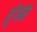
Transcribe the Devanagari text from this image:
त्ंगम